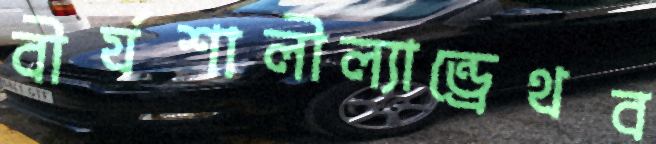
বীর্যশালীল্যান্ড্রেথব